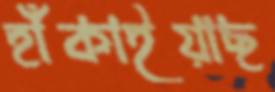
হাঁকাইয়াছ